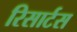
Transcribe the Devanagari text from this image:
रिसार्टस